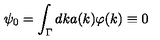
\psi _ { 0 } = \int _ { \Gamma } d k a ( k ) \varphi ( k ) \equiv 0